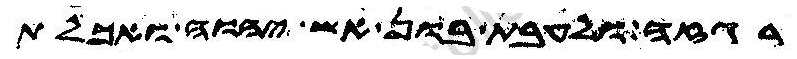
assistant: רגזה ולעבת בון אש יהוה ואכלת